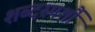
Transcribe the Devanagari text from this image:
शब्दस्पर्शौ